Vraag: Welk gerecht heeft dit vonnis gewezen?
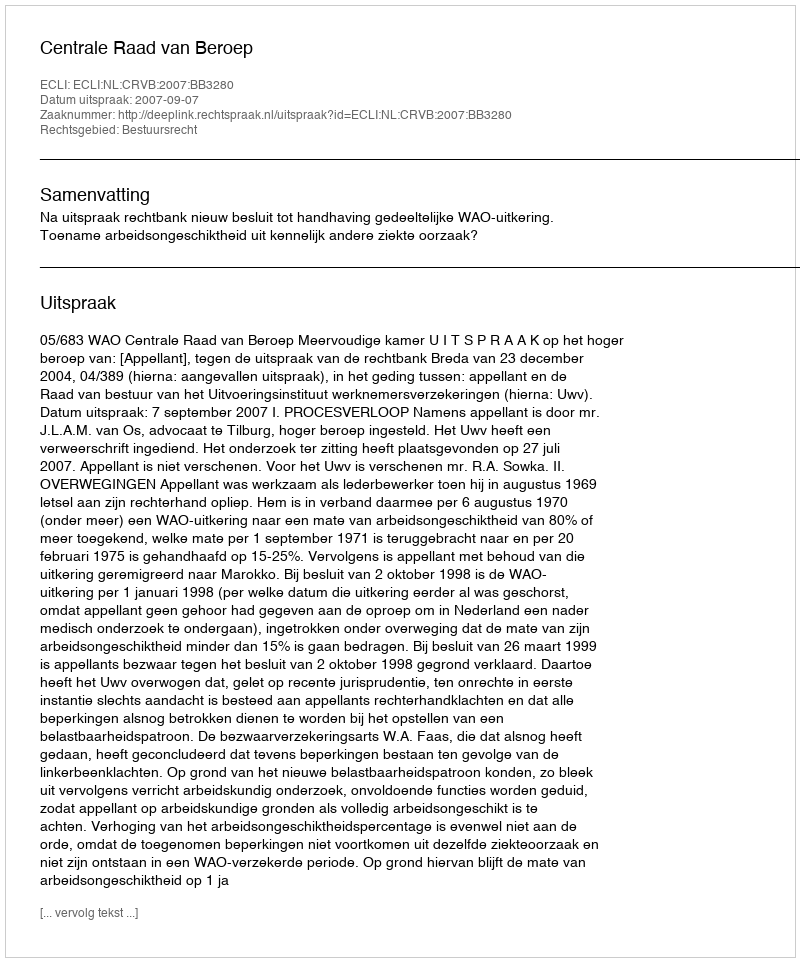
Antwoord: Centrale Raad van Beroep